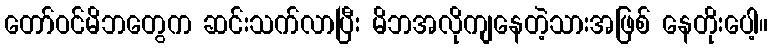
တော်ဝင်မိဘတွေက ဆင်းသက်လာပြီး မိဘအလိုကျနေတဲ့သားအဖြစ် နေတိုးပေါ့။